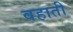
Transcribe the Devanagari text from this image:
वहाती